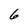
Character: 6